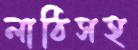
লাঠিসহ